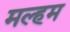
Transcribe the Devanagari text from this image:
मल्हम